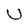
Character: U